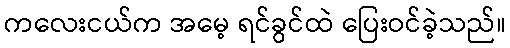
ကလေးငယ်က အမေ့ ရင်ခွင်ထဲ ပြေးဝင်ခဲ့သည်။